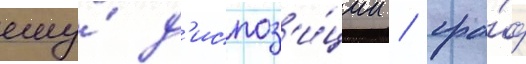
ему́ д'испоз'и́ции / гра́ф